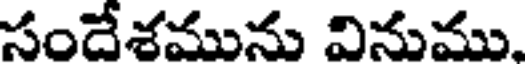
సందేశమును వినుము,